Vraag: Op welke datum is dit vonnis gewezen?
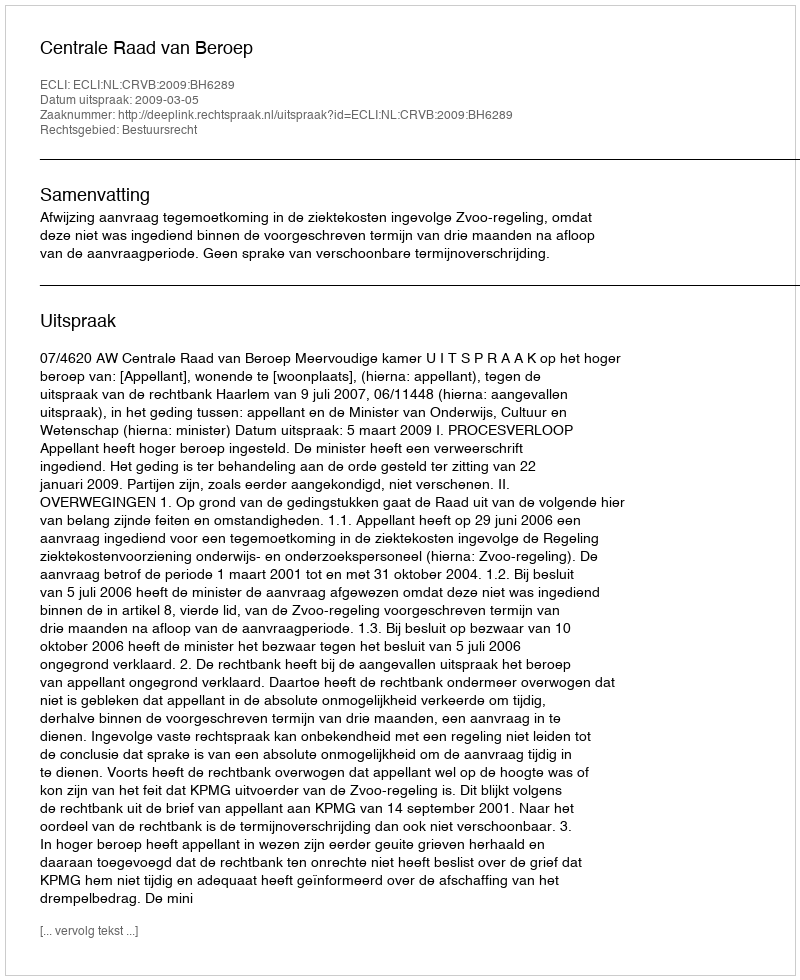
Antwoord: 2009-03-05